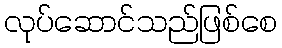
လုပ်ဆောင်သည်ဖြစ်စေ